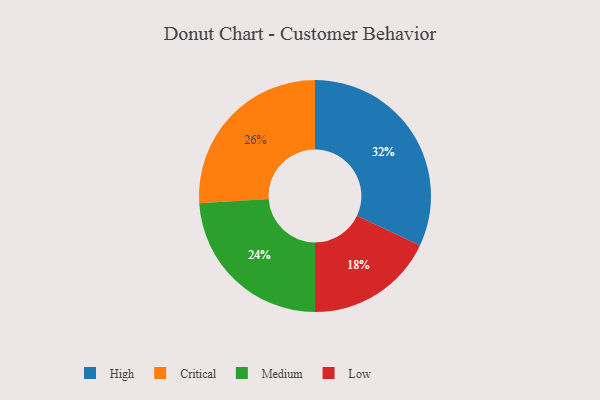
{"axis": {"x": "Category", "y": "Percentage"}, "legend": ["Critical", "High", "Low", "Medium"], "data": [{"x": "Medium", "y": 24, "type": "Medium"}, {"x": "Low", "y": 18, "type": "Low"}, {"x": "High", "y": 32, "type": "High"}, {"x": "Critical", "y": 26, "type": "Critical"}]}